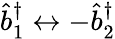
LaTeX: \hat{b}_{1}^{\dagger}\leftrightarrow-\hat{b}_{2}^{\dagger}